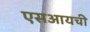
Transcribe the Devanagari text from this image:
एसआयची